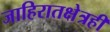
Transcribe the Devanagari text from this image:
जाहिरातक्षेत्रही